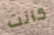
كانت